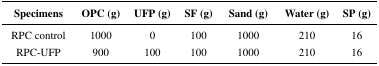
<table><thead><tr><td><b>Specimens</b></td><td><b>OPC (g)</b></td><td><b>UFP (g)</b></td><td><b>SF (g)</b></td><td><b>Sand (g)</b></td><td><b>Water (g)</b></td><td><b>SP (g)</b></td></tr></thead><tbody><tr><td>RPC control</td><td>1000</td><td>0</td><td>100</td><td>1000</td><td>210</td><td>16</td></tr><tr><td>RPC-UFP</td><td>900</td><td>100</td><td>100</td><td>1000</td><td>210</td><td>16</td></tr></tbody></table>